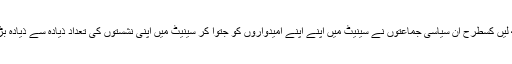
حالیہ سینیٹ کے انتخابات کو ہی دیکھ لیں کسطرح ان سیاسی جماعتوں نے سینیٹ میں اپنے اپنے امیدواروں کو جتوا کر سینیٹ میں اپنی نشستوں کی تعداد ذیادہ سے ذیادہ بڑھانے کے لیئے ہر حربہ استعمال کیا۔